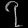
Digit: ၇